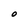
Character: O